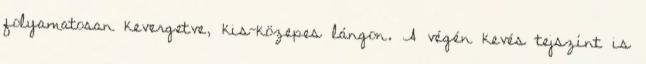
folyamatosan kevergetve, kis-közepes lángon. A végén kevés tejszínt is